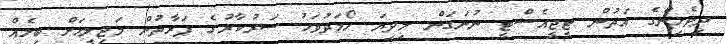
ދިވެހިންގެ އަތުން ޓީޖީއެސްޓީ ނުނަގަން މިދިޔަ ހޯމަދުވަހު ސަރުކާރުގެ ފަރާތުން މަޖިލީހަށް ބިލެއް